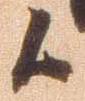
候